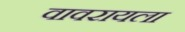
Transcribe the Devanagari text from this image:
वावरायला